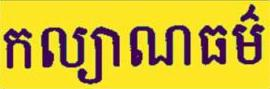
កល្យាណធម៍